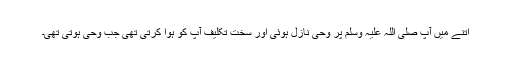
اتنے میں آپ صلی اللہ علیہ وسلم پر وحی نازل ہوئی اور سخت تکلیف آپؐ کو ہوا کرتی تھی جب وحی ہوتی تھی۔